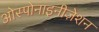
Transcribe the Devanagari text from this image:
ओस्पोनाइनीज़ेशन